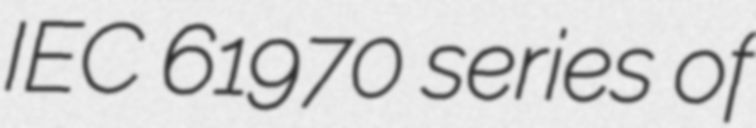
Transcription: IEC 61970 series of